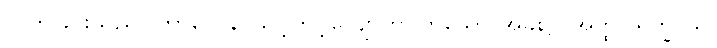
လွတ်ခြင်းသည်။ ကာလေန၊ သင့်တင့်လျောက်ပတ်သော အခါ၌။ အတ္ထုပရိက္ခာယ၊